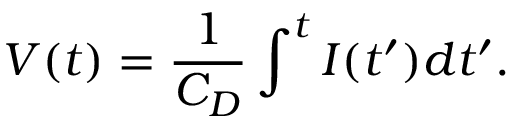
V ( t ) = \frac { 1 } { C _ { D } } \int ^ { t } I ( t ^ { \prime } ) d t ^ { \prime } .